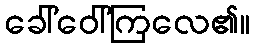
ခေါ်ဝေါ်ကြလေ၏။